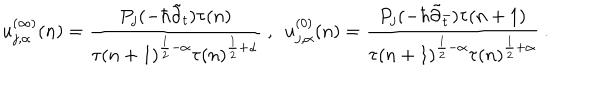
u _ { j , \alpha } ^ { ( \infty ) } ( n ) = \frac { P _ { j } ( - \hbar \tilde { \partial } _ { t } ) \tau ( n ) } { \tau ( n + 1 ) ^ { \frac { 1 } { 2 } - \alpha } \tau ( n ) ^ { \frac { 1 } { 2 } + \alpha } } ~ , ~ ~ u _ { j , \alpha } ^ { ( 0 ) } ( n ) = \frac { P _ { j } ( - \hbar \tilde { \partial } _ { \bar { t } } ) \tau ( n + 1 ) } { \tau ( n + 1 ) ^ { \frac { 1 } { 2 } - \alpha } \tau ( n ) ^ { \frac { 1 } { 2 } + \alpha } } ~ .